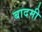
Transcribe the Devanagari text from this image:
बादमी